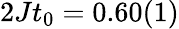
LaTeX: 2Jt_{0}=0.60(1)